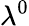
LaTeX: \lambda^{0}